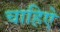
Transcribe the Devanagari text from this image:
चाहिऐ